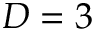
D = 3